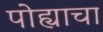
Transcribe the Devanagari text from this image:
पोह्याचा